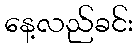
နေ့လည်ခင်း